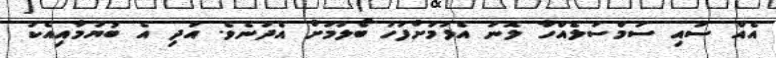
އެއް ސައި ސަމްސަލެއްހާ ލޮނު އެޅުމަށްފަހު ބޯލުމަށް އެދުނެވެ. އަދި އެ ބުޔުމާއިއެކު